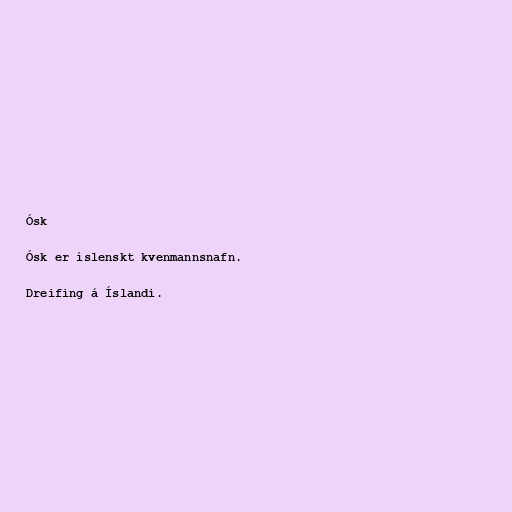
Ósk

Ósk er íslenskt kvenmannsnafn.

Dreifing á Íslandi.